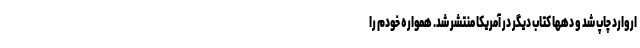
اروارد چاپ شد و دهها کتاب دیگر در آمریکا منتشر شد. همواره خودم را